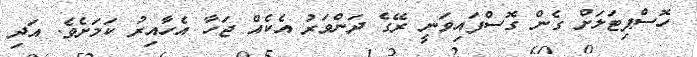
ހޮސްޕިޓަލަށް ގެން ގޮސްފައިވަނީ ރޭގެ ދަންވަރު އެކެއް ޖަހާ އެހާއިރު ކަމަށެވެ. އަދި